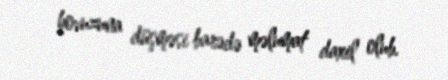
hovuzuna düşməsi barədə məlumat daxil olub.